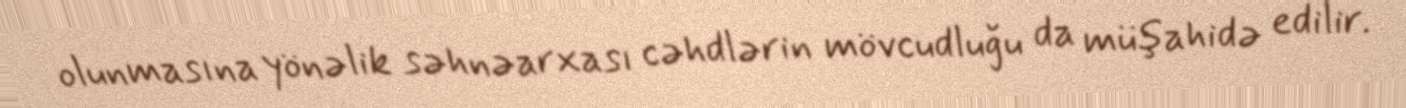
olunmasına yönəlik səhnəarxası cəhdlərin mövcudluğu da müşahidə edilir.